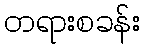
တရားစခန်း